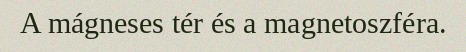
A mágneses tér és a magnetoszféra.